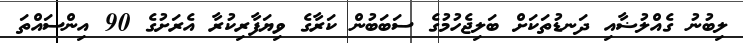
ލިބުނު ގެއްލުޟާއި ދަނޑުތަކަށް ބަލިޖެހުމުގެ ސަބަބުން ކަރާގެ ވިޔަފާރިކުރާ އެރަށުގެ 90 އިންސައްތަ